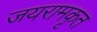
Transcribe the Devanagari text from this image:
जयरामकृत